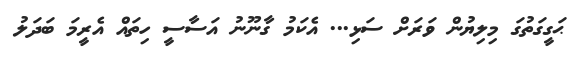
ޙަގީގަތުގަ މިލިޔުން ވަރަށް ސަޅި... އެކަމު ގާނޫނު އަސާސީ ހިތައް އެރީމަ ބަދަލު